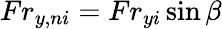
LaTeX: Fr_{y,ni}=Fr_{yi}\sin\beta